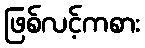
ဖြစ်လင့်ကစား